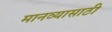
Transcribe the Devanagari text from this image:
मानव्यासाठी